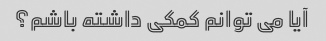
آیا می توانم کمکی داشته باشم؟